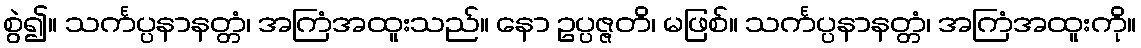
စွဲ၍။ သင်္ကပ္ပနာနတ္တံ၊ အကြံအထူးသည်။ နော ဥပ္ပဇ္ဇတိ၊ မဖြစ်။ သင်္ကပ္ပနာနတ္တံ၊ အကြံအထူးကို။